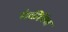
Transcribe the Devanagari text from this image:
मंकीरेंच